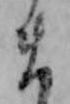
ま